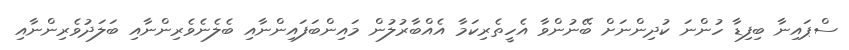
ސްޕައިނާ ބިފިޑާ ހުންނަ ކުދިންނަށް ބޭނުންވާ އެހީތެރިކަމާ އެއްބާރުލުން މައިންބަފައިންނާއި ބެލެނެވެރިންނާއި ބަލަދުވެރިންނާއި